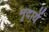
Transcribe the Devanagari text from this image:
मृदायें